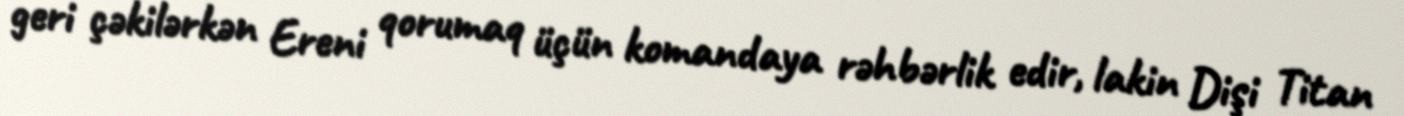
geri çəkilərkən Ereni qorumaq üçün komandaya rəhbərlik edir, lakin Dişi Titan